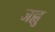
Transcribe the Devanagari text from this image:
जह्वु